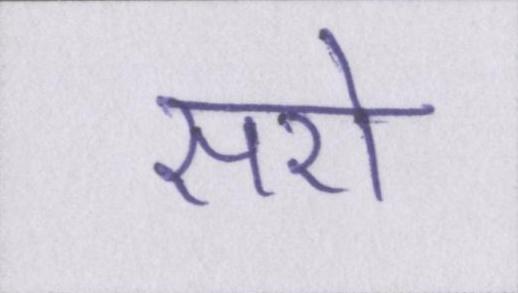
सरो